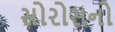
સોરોસનો